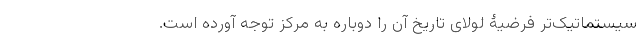
سیستماتیک‌تر فرضیۀ لولای تاریخ آن را دوباره به مرکز توجه آورده است.